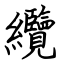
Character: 纜